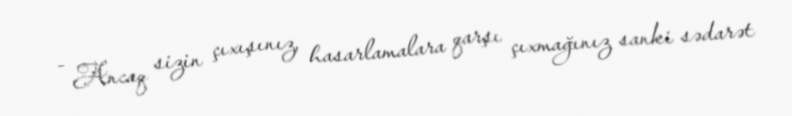
- Ancaq sizin çıxışınız, hasarlamalara qarşı çıxmağınız sanki sədarət